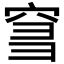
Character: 𥥨